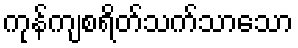
ကုန်ကျစရိတ်သက်သာသော